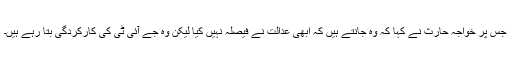
جس پر خواجہ حارث نے کہا کہ وہ جانتے ہیں کہ ابھی عدالت نے فیصلہ نہیں کیا لیکن وہ جے آئی ٹی کی کارکردگی بتا رہے ہیں۔